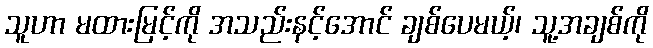
သူဟာ မထားမြင့်ကို အသည်းနင့်အောင် ချစ်ပေမယ့်၊ သူ့အချစ်ကို